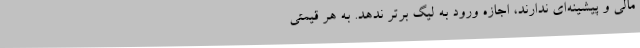
مالی و پیشینه‌ای ندارند، اجازه ورود به لیگ برتر ندهد. به هر قیمتی